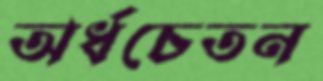
অর্ধচেতন